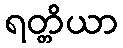
ရတ္တိယာ